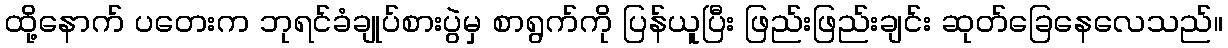
ထို့နောက် ပတေးက ဘုရင်ခံချုပ်စားပွဲမှ စာရွက်ကို ပြန်ယူပြီး ဖြည်းဖြည်းချင်း ဆုတ်ခြေနေလေသည်။